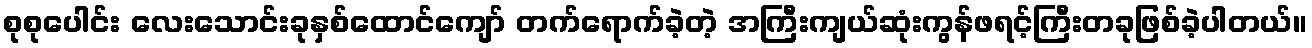
စုစုပေါင်း လေးသောင်းခုနှစ်ထောင်ကျော် တက်ရောက်ခဲ့တဲ့ အကြီးကျယ်ဆုံးကွန်ဖရင့်ကြီးတခုဖြစ်ခဲ့ပါတယ်။